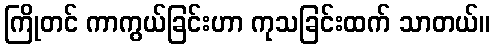
ကြိုတင် ကာကွယ်ခြင်းဟာ ကုသခြင်းထက် သာတယ်။